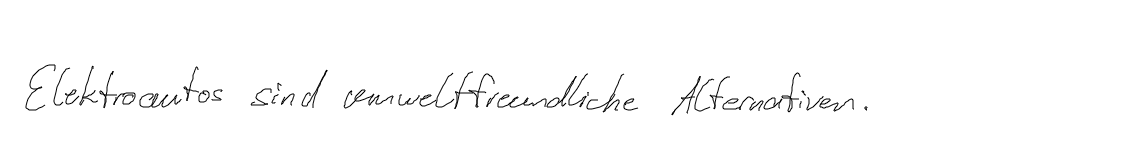
Elektroautos sind umweltfreundliche Alternativen.